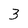
Character: 3